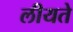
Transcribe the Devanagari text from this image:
लीयते